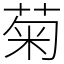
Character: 菊